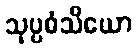
သုပ္ပဓံသိယော